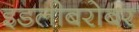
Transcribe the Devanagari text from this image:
इडलीबरोबर